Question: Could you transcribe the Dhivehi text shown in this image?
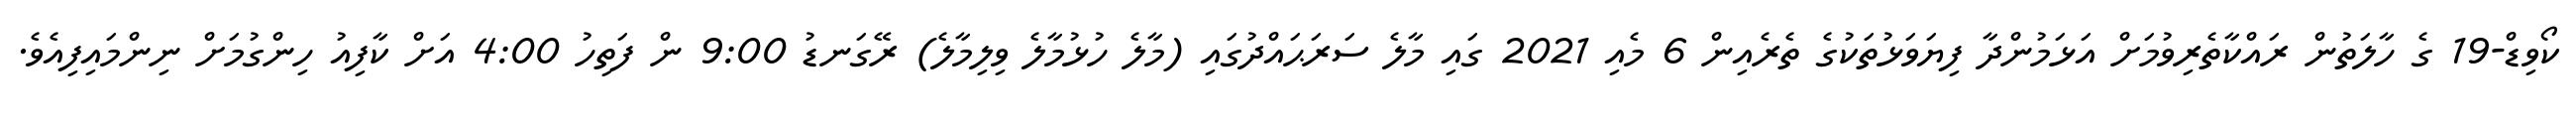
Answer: ކޯވިޑް-19 ގެ ހާލަތުން ރައްކާތެރިވުމަށް އަޅަމުންދާ ފިޔަވަޅުތަކުގެ ތެރެއިން 6 މެއި 2021 ގައި މާލެ ސަރަޙައްދުގައި (މާލެ ހުޅުމާލެ ވިލިމާލެ) ރޭގަނޑު 9:00 ން ފަތިހު 4:00 އަށް ކާފިއު ހިންގުމަށް ނިންމައިފިއެވެ.